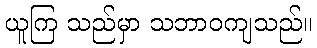
ယူကြ သည်မှာ သဘာဝကျသည်။